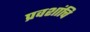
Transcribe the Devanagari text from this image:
प्रवशांचि